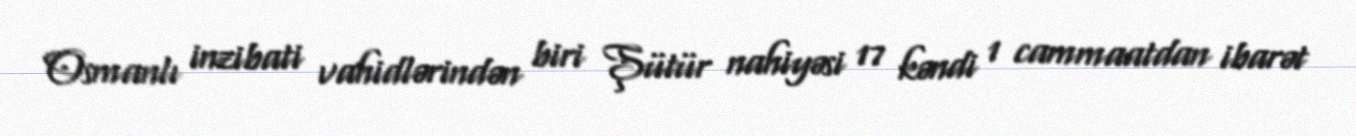
Osmanlı inzibati vahidlərindən biri Şütür nahiyəsi 17 kəndi 1 cammaatdan ibarət